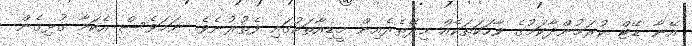
އޭނާ ޑޭޓް ކުރަމުންދާކަމުގެ ވާހަކަތަކެއް މިދޭތެރެއިން މީޑިއާތަކުގައި ފެތުރުނެވެ. ނަމަވެސް އެކަމާ ގުޅިގެން